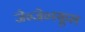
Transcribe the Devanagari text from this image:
जे०जे०स्कूल